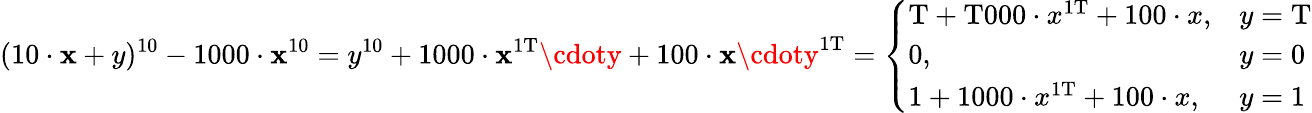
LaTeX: (10\cdot\mathbf{x}+y)^{10}-1000\cdot\mathbf{x}^{10}=y^{10}+1000\cdot\mathbf{x}^{\mathrm{{1T}}}\cdoty+100\cdot\mathbf{x}\cdoty^{\mathrm{{1T}}}={\left\{ \begin{array}{ll}{\mathrm{T}+\mathrm{T000}\cdot x^{\mathrm{1T}}+100\cdot x,}&{y=\mathrm{T}}\\ {0,}&{y=0}\\ {1+1000\cdot x^{\mathrm{1T}}+100\cdot x,}&{y=1}\end{array}\right.}